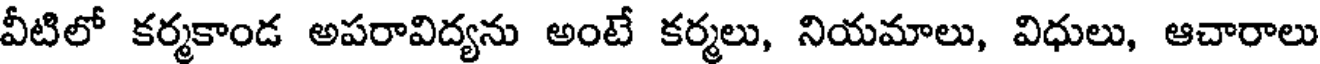
వీటిలో కర్మకాండ అపరావిద్యను అంటే కర్మలు, నియమాలు, విధులు, ఆచారాలు